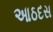
આઠદસ